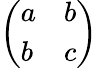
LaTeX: \left(\begin{array}{ll}{a}&{b}\\ {b}&{c}\end{array}\right)